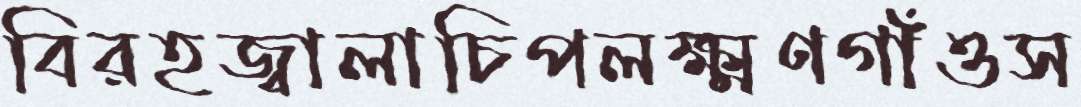
বিরহজ্বালাচিপলক্ষ্মণগাঁওস